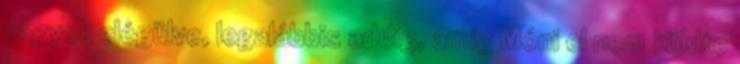
vagyok elégülve, legalábbis addig, amíg Móni el nem küldte